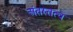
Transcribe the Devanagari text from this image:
अंतस्तत्व